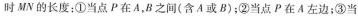
时MN的长度；①当点P在A，B之间(含A或B)；②当点P在A左边；③当